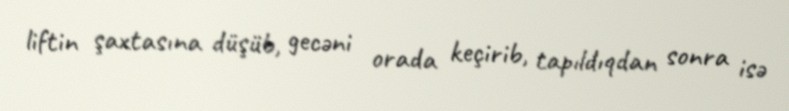
liftin şaxtasına düşüb, gecəni orada keçirib, tapıldıqdan sonra isə